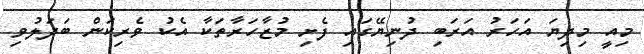
މިއީ މިދިޔަ އަހަރު އަރަބި ދުނިޔޭގައި ފެށި މުޒާހަރާތަކާ އެކު ވެރިކަން ބަދަލުވި